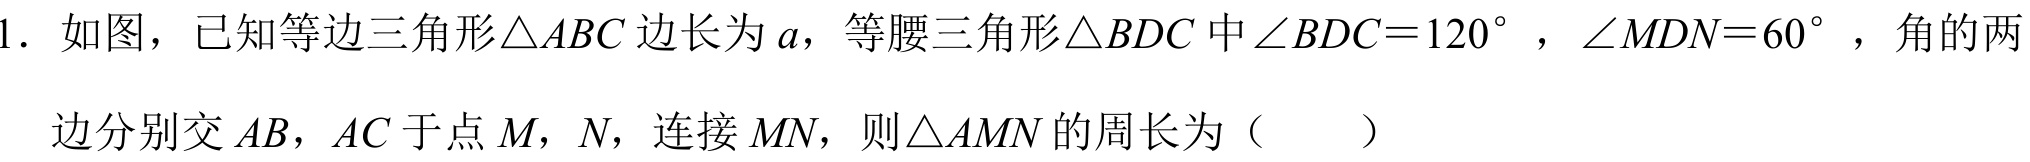
1. 如图，已知等边三角形\(\triangle ABC\)边长为\(a\)，等腰三角形\(\triangle BDC\)中\(\angle BDC = 120^{\circ}\)，\(\angle MDN = 60^{\circ}\)，角的两
   边分别交\(AB\)，\(AC\)于点\(M\)，\(N\)，连接\(MN\)，则\(\triangle AMN\)的周长为（  ）